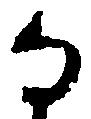
な